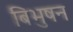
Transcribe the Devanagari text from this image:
बिभुषन